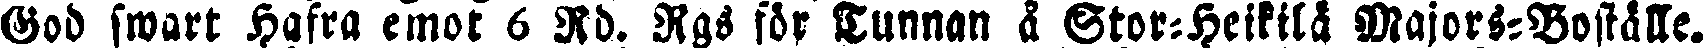
God swart Hafra emot 6 Rd. Rgs för Tunnan å Stor-Heikilä Majors-Boställe.